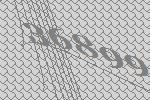
36899